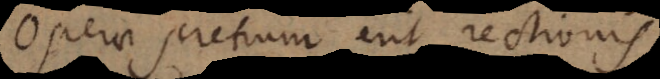
Operae pretium erit rectionis